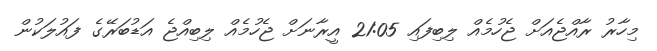
މިހާރު ރާއްޖެއަށް ޖެހުމެއް ލިބިފައި 21:05 އީރާނަށް ޖެހުމެއް ލިބިއްޖެ އަޑުބަރޭގެ ފައުލަކުން